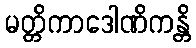
မတ္တိကာဒေါဏိကန္တိ